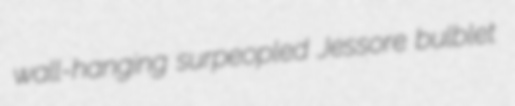
wall-hanging surpeopled Jessore bulblet